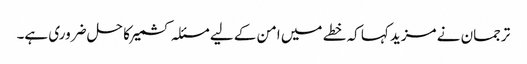
ترجمان نے مزید کہا کہ خطے میں امن کے لیے مسئلہ کشمیر کا حل ضروری ہے۔